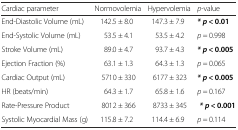
<table><thead><tr><td><b>Cardiac parameter</b></td><td><b>Normovolemia</b></td><td><b>Hypervolemia</b></td><td><b><i>p</i>-value</b></td></tr></thead><tbody><tr><td>End-Diastolic Volume (mL)</td><td>142.5 ± 8.0</td><td>147.3 ± 7.9</td><td><b><i>* p</i></b> <b>&lt; 0.01</b></td></tr><tr><td>End-Systolic Volume (mL)</td><td>53.5 ± 4.1</td><td>53.5 ± 4.2</td><td><i>p</i> = 0.998</td></tr><tr><td>Stroke Volume (mL)</td><td>89.0 ± 4.7</td><td>93.7 ± 4.3</td><td><b><i>* p</i></b> <b>&lt; 0.005</b></td></tr><tr><td>Ejection Fraction (%)</td><td>63.1 ± 1.3</td><td>64.3 ± 1.3</td><td><i>p</i> = 0.065</td></tr><tr><td>Cardiac Output (mL)</td><td>5710 ± 330</td><td>6177 ± 323</td><td><b><i>* p</i></b> <b>&lt; 0.005</b></td></tr><tr><td>HR (beats/min)</td><td>64.3 ± 1.7</td><td>65.8 ± 1.6</td><td><i>p</i> = 0.167</td></tr><tr><td>Rate-Pressure Product</td><td>8012 ± 366</td><td>8733 ± 345</td><td><b><i> * p</i></b> <b>&lt; 0.001</b></td></tr><tr><td>Systolic Myocardial Mass (g)</td><td>115.8 ± 7.2</td><td>114.4 ± 6.9</td><td><i>p</i> = 0.114</td></tr></tbody></table>